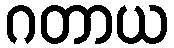
ဂတာယ